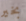
بخير